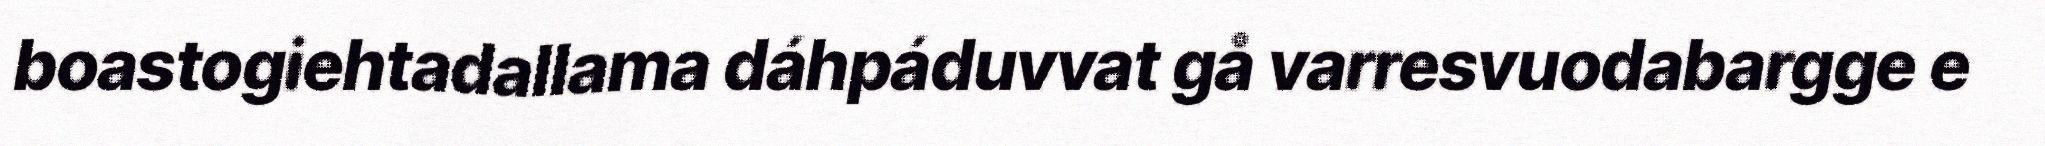
boastogiehtadallama dáhpáduvvat gå varresvuodabargge e